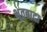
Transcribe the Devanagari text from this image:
भूतबादा